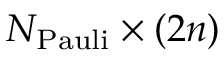
N _ { \mathrm { P a u l i } } \times ( 2 n )